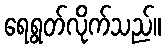
ရေရွတ်လိုက်သည်။